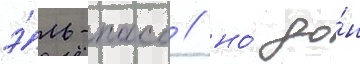
э́ль-пасо / но́ до́н